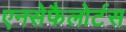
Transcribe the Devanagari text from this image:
एनसेफैलोर्टस